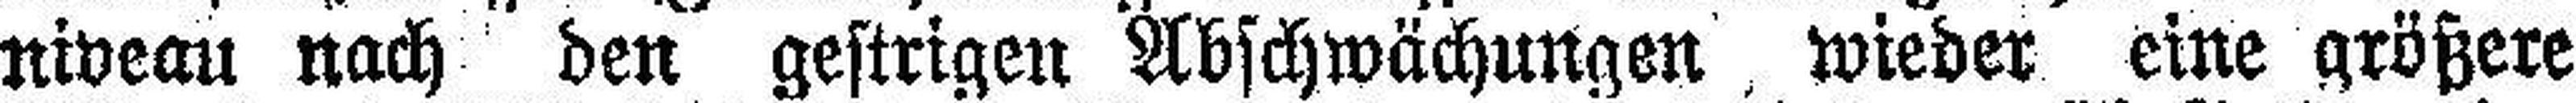
niveau nach den gestrigen Abschwächungen wieder eine größere